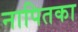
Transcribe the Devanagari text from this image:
नापितका